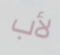
لأب